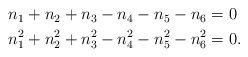
\begin{align*}\begin{aligned}n_{1} + n_2 + n_3 - n_4 - n_5 - n_6 &= 0\\n_{1}^{2} + n_{2}^{2} + n_{3}^{2} - n_{4}^{2} - n_{5}^{2} - n_{6}^{2} &= 0.\end{aligned}\end{align*}